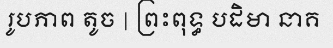
រូបភាព តូច | ព្រះពុទ្ធ បដិមា នាគ